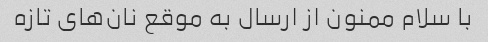
با سلام ممنون از ارسال به موقع نان‌های تازه